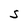
Character: S